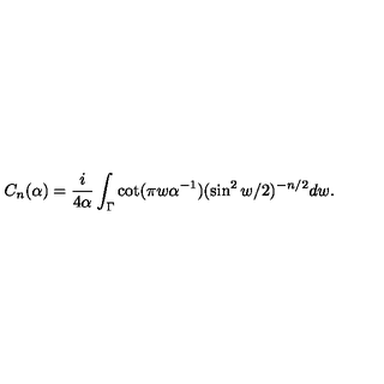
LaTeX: C _ { n } ( \alpha ) = { \frac { i } { 4 \alpha } } \int _ { \Gamma } \cot ( \pi w \alpha ^ { - 1 } ) ( \sin ^ { 2 } w / 2 ) ^ { - n / 2 } d w .